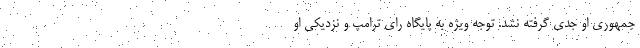
جمهوری او جدی گرفته نشد. توجه ویژه به پایگاه رای ترامپ و نزدیکی او